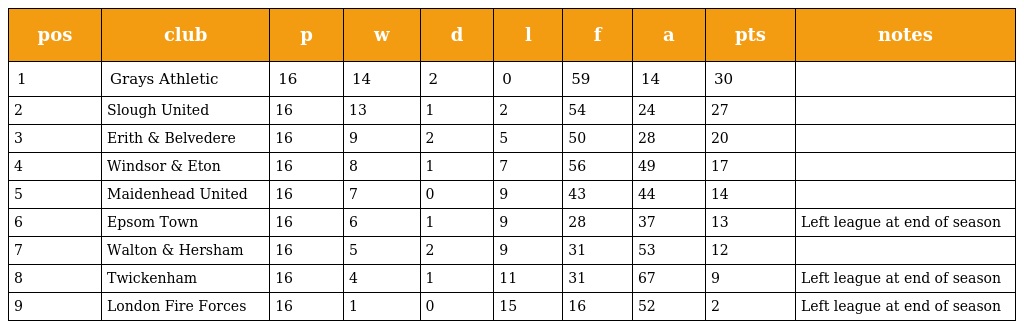
| pos | club | p | w | d | l | f | a | pts | notes |
 | --- | --- | --- | --- | --- | --- | --- | --- | --- | --- |
 | 1 | Grays Athletic | 16 | 14 | 2 | 0 | 59 | 14 | 30 |  |
 | 2 | Slough United | 16 | 13 | 1 | 2 | 54 | 24 | 27 |  |
 | 3 | Erith & Belvedere | 16 | 9 | 2 | 5 | 50 | 28 | 20 |  |
 | 4 | Windsor & Eton | 16 | 8 | 1 | 7 | 56 | 49 | 17 |  |
 | 5 | Maidenhead United | 16 | 7 | 0 | 9 | 43 | 44 | 14 |  |
 | 6 | Epsom Town | 16 | 6 | 1 | 9 | 28 | 37 | 13 | Left league at end of season |
 | 7 | Walton & Hersham | 16 | 5 | 2 | 9 | 31 | 53 | 12 |  |
 | 8 | Twickenham | 16 | 4 | 1 | 11 | 31 | 67 | 9 | Left league at end of season |
 | 9 | London Fire Forces | 16 | 1 | 0 | 15 | 16 | 52 | 2 | Left league at end of season |